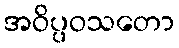
အဝိပ္ပဝသတော